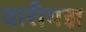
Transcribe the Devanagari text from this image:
वारीयज्ञ